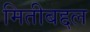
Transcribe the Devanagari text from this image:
मितीबद्दल